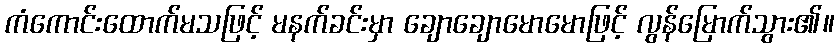
ကံကောင်းထောက်မသဖြင့် မနက်ခင်းမှာ ချောချောမောမောဖြင့် လွန်မြောက်သွား၏။